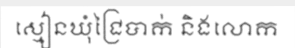
ស្មៀនឃុំជ្រៃបាក់ និងលោក